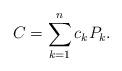
LaTeX: \begin{align*}C = \sum^n_{k=1} c_k P_k.\end{align*}